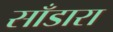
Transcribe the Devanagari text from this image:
साँडारा